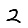
Digit: 2